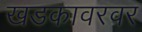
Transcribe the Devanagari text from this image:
खडकावरवर